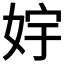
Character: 𱙓